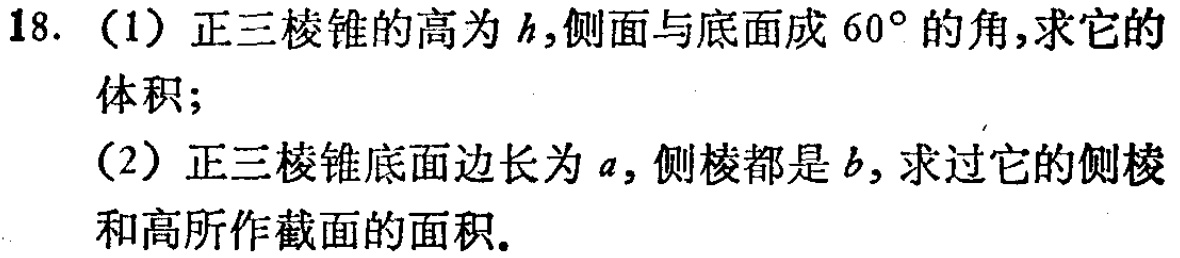
18. (1) 正三棱锥的高为\(h\),侧面与底面成\(60^{\circ}\)的角,求它的体积;
(2) 正三棱锥底面边长为\(a\), 侧棱都是\(b\), 求过它的侧棱和高所作截面的面积.